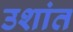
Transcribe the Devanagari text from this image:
उशांत